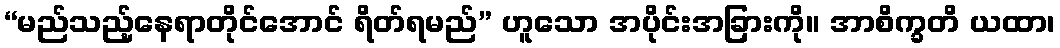
“မည်သည့်နေရာတိုင်အောင် ရိတ်ရမည်” ဟူသော အပိုင်းအခြားကို။ အာစိက္ခတိ ယထာ၊